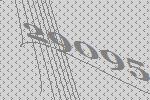
29095